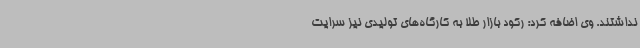
نداشتند. وی اضافه کرد: رکود بازار طلا به کارگاه‌های تولیدی نیز سرایت